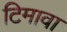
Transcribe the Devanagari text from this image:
टिमावा